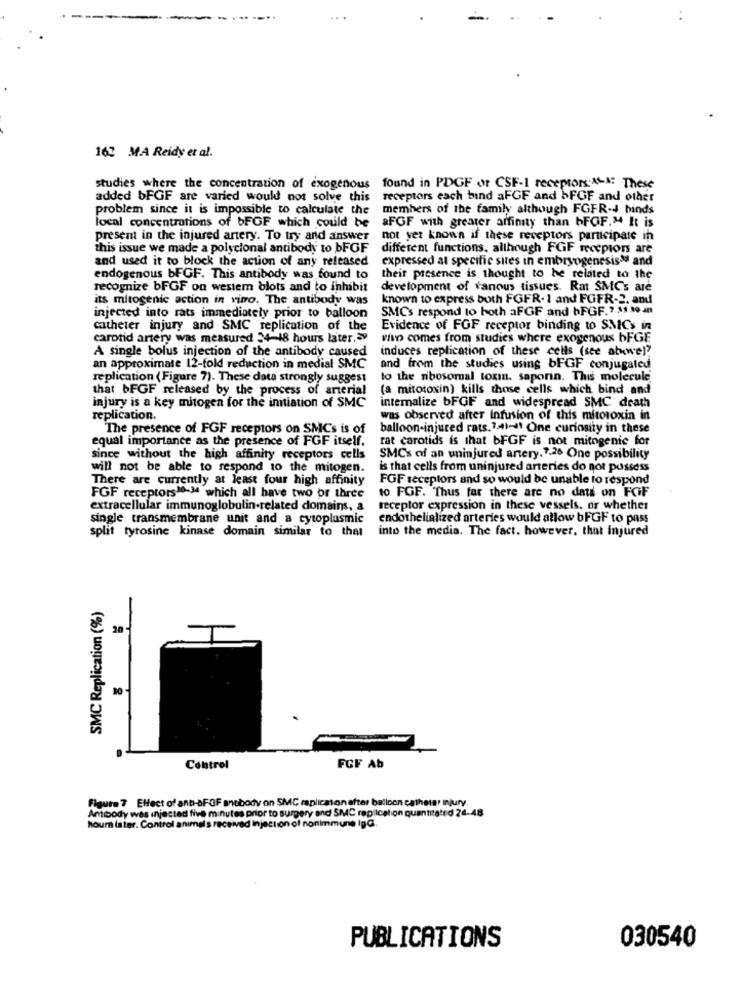
162 MA Reidy et al.
studies where the concentration of exogenous found in PDGF or CSF-1 receptors 4-A: These
added bFGF are varied would not solve this
receptors each bind aFGF and bFGF and other
problem since it is impossible to calculate the
members of the family although FGFR-4 binds
local concentrations of bFGF which could be aFGF with greater affinity than bFGF." It is
present in the injured artery. To try and answer
not yet known if these receptors participate in
this issue we made a polycional antibody to bFGF
different functions. although FGF receptor are
and used it to block the action of any released expressed at specific sites in embryogenesisas and
endogenous bFGF. This antibody was found to
their presence is thought to he related to the
recognize bFGF on western blots and to inhibit
development of tanous tissues. Rat SMCs are
its mitogenic action in vitro. The antibody was
known to express both FGFR- 1 and FGFR-2. and
SMC's respond to both aFGF and bFGF.7.11 10 mn
injected into rats immediately prior to balloon
catheter injury and SMC replication of the
Evidence of FOF receptor binding to SMICs in
carotid artery was measured 34-48 hours later.
vivo comes from studies where exogenous bFGE
A single bolus injection of the antibody caused
induces replication of these cells (see above)?
an approximate 12-fold reduction in medial SMC
and from the studies using bFGF conjugated
replication (Figure 7). These data strongly suggest
to the ribosomal toxin. saporin. This molecule
that bFGF released by the process of arterial
(a mitotoxin) kills those cells which bind and
injury is a key mitogen for the initiation of SMC
interalize bFGF and widespread SMC death
replication.
was observed after Infusion of this mitoroxin in
The presence of FGF receptors on SMCs is of
balloon-injured rats.74)-" One curiosity in these
equal importance as the presence of FGF itself.
rat carotids is that bFGF is not mitogenic for
since without the high affinity receptors cells
SMC's of an uninjured artery. 7.26 One possibility
will not be able to respond to the mitogen.
is that cells from uninjured arteries do not possess
There are currently at least four high affinity
FGF receptors and so would be unable to respond
to FGF. Thus far there are no data on FOIF
FGF receptors10-34 which all have two or three
extracellular immunoglobulin-related domains, a
receptor expression in these vessels, or whether
single transmembrane unit and a cytoplasmic
endothelialized arteries would allow bFGF to pass
into the media. The fact. however, that injured
split tyrosine kinase domain similar to that
SMC Replication (%)
20
Control
FGF Ab
Flaute 7 Effect of anti-aFOF antbody on SMC raplicaton after balloon catheter injury.
Amtbody was injected five minutes prior to surgery and SMC replication quantrated 24-48
hours later. Control animals received injection of nonimmune IpG.
PUBLICATIONS
030540